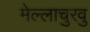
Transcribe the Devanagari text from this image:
मेल्‍लाचुरवु